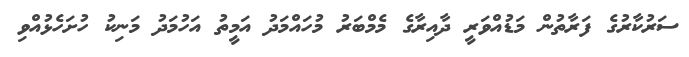
ސަރުކާރުގެ ފަރާތުން މަޑުއްވަރީ ދާއިރާގެ މެމްބަރު މުހައްމަދު އަމީތު އަހުމަދު މަނިކު ހުށަހެޅުއްވި